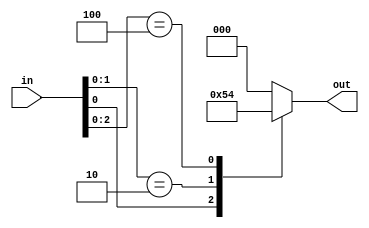
module arbiter (
    input wire [7:0] in,
    output reg[2:0] out    
);
   
	// module body goes here
	 always @(*) begin
    casex (in)
      8'bxxxxxxx1: out = 8'b1;
      8'bxxxxxx10: out = 8'b10;
      8'bxxxxx100: out = 8'b100;
      8'bxxxx1000: out = 8'b1000;
      8'bxxx10000: out = 8'b10000;
      8'bxx100000: out = 8'b100000;
      8'bx1000000: out = 8'b1000000;
      8'b10000000: out = 8'b10000000;
      default: out = 8'b0;
    endcase
  end

endmodule